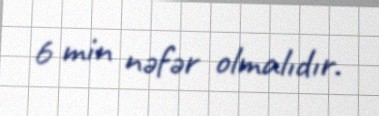
6 min nəfər olmalıdır.